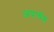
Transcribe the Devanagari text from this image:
अपार्यप्त